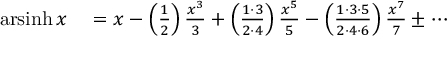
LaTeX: \begin{array} { r l } { \operatorname { a r s i n h } x } & { { } = x - \left( { \frac { 1 } { 2 } } \right) { \frac { x ^ { 3 } } { 3 } } + \left( { \frac { 1 \cdot 3 } { 2 \cdot 4 } } \right) { \frac { x ^ { 5 } } { 5 } } - \left( { \frac { 1 \cdot 3 \cdot 5 } { 2 \cdot 4 \cdot 6 } } \right) { \frac { x ^ { 7 } } { 7 } } \pm \cdots } \end{array}